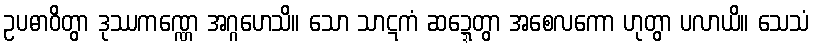
ဥပဓာဝိတွာ ဒုဿကဏ္ဏေ အဂ္ဂဟေသိ။ သော သာဋကံ ဆဍ္ဍေတွာ အစေလကော ဟုတွာ ပလာယိ။ သေသံ